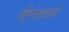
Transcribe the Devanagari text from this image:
परिणामासाठी